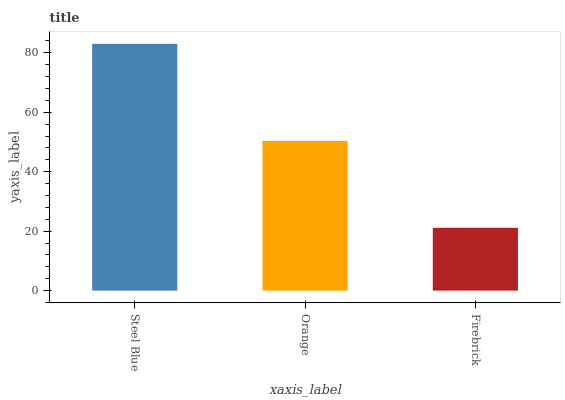
| xaxis_label | bars |
 | --- | --- |
 | Steel Blue | 83 |
 | Orange | 50.4 |
 | Firebrick | 21.1 |